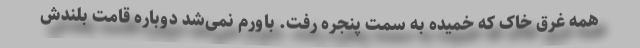
همه غرق خاک که خمیده به سمت پنجره رفت. باورم نمی‌شد دوباره قامت بلندش